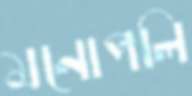
মনোপলি